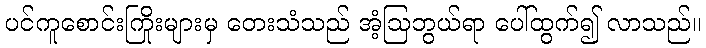
ပင်ကူစောင်းကြိုးများမှ တေးသံသည် အံ့ဩဘွယ်ရာ ပေါ်ထွက်၍ လာသည်။